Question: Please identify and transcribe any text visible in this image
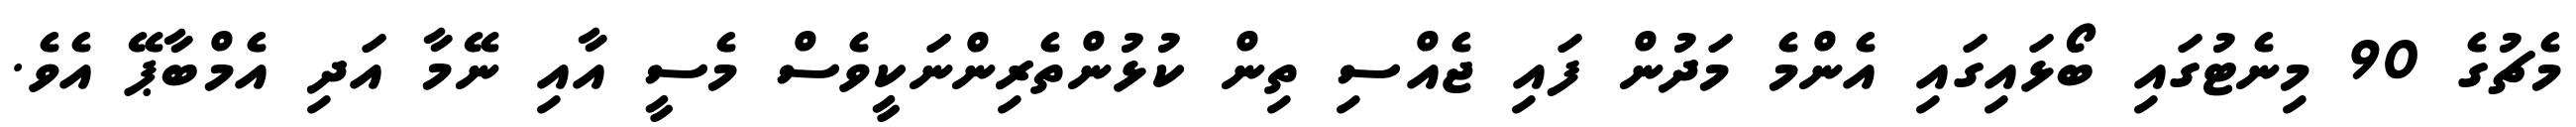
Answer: މެޗުގެ 90 މިނެޓުގައި ބޯޅައިގައި އެންމެ މަދުން ފައި ޖެއްސި ތިން ކުޅުންތެރިންނަކީވެސް މެސީ އާއި ނޭމާ އަދި އެމްބާޕޭ އެވެ.